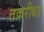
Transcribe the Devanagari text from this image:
तकरीबह